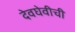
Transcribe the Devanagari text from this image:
देवघेवीची